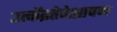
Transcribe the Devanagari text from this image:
उत्केंद्रतेपेक्षापण